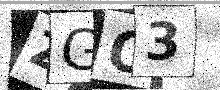
Text: ZGO3